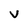
Character: V